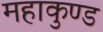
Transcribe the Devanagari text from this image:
महाकुण्ड